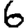
Digit: 6